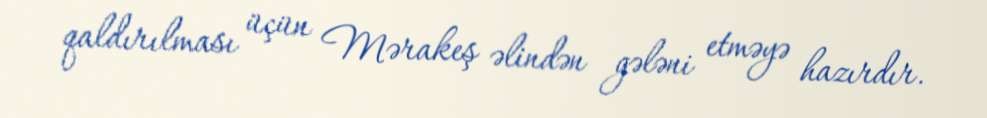
qaldırılması üçün Mərakeş əlindən gələni etməyə hazırdır.